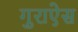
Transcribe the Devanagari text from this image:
गुराऐस